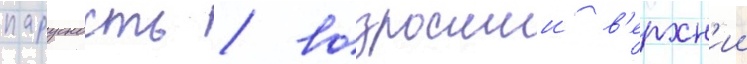
парусность / возросшии в'ерхн'ии